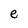
Character: e